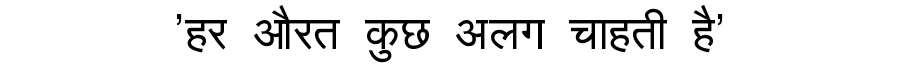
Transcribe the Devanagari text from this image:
'हर औरत कुछ अलग चाहती है'